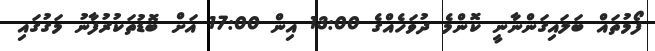
ފޯމުތައް ބަލައިގަންނާނީ ކޮންމެ ދުވަހެއްގެ 13:00 އިން 17:00 އަށް ބޮޑުތަކުރުފާނު މަގުގައި